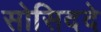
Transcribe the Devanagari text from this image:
सोसिददे